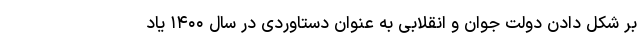
بر شکل دادن دولت جوان و انقلابی به عنوان دستاوردی در سال ۱۴۰۰ یاد